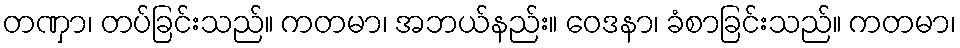
တဏှာ၊ တပ်ခြင်းသည်။ ကတမာ၊ အဘယ်နည်း။ ဝေဒနာ၊ ခံစာခြင်းသည်။ ကတမာ၊